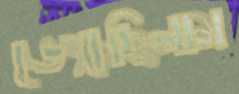
ভেংচেছিলাম